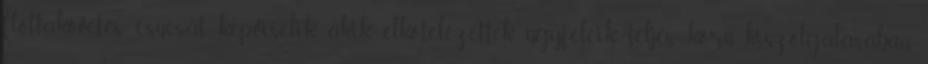
flottakövetés csúcsát képviselik, akik elkötelezettek ügyfeleik teljes körű kiszolgálásában,